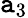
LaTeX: \mathtt{a}_{3}